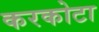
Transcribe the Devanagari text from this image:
करकोटा